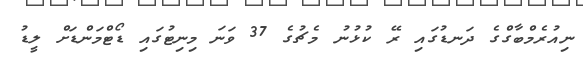
ނިއުރެމްބާގްގެ ދަނޑުގައި ރޭ ކުޅުނު މެޗުގެ 37 ވަނަ މިނިޓުގައި ޑޯޓްމަންޑަށް ލީޑު